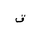
Letter: _qaf